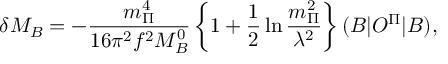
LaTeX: \delta M _ { B } = - \frac { m _ { \Pi } ^ { 4 } } { 1 6 \pi ^ { 2 } f ^ { 2 } M _ { B } ^ { 0 } } \left\{ 1 + \frac 1 2 \ln \frac { m _ { \Pi } ^ { 2 } } { \lambda ^ { 2 } } \right\} ( B | { \cal O } ^ { \Pi } | B ) ,